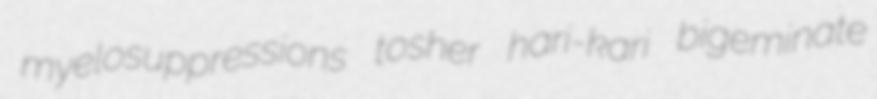
myelosuppressions tosher hari-kari bigeminate